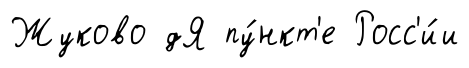
Жуково дЯ пу́нкт'е Росс'и́и